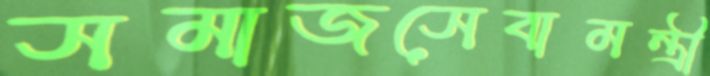
সমাজসেবামন্ত্রী